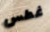
غطس